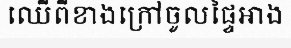
ឈើពីខាងក្រៅចូលផ្ទៃអាង